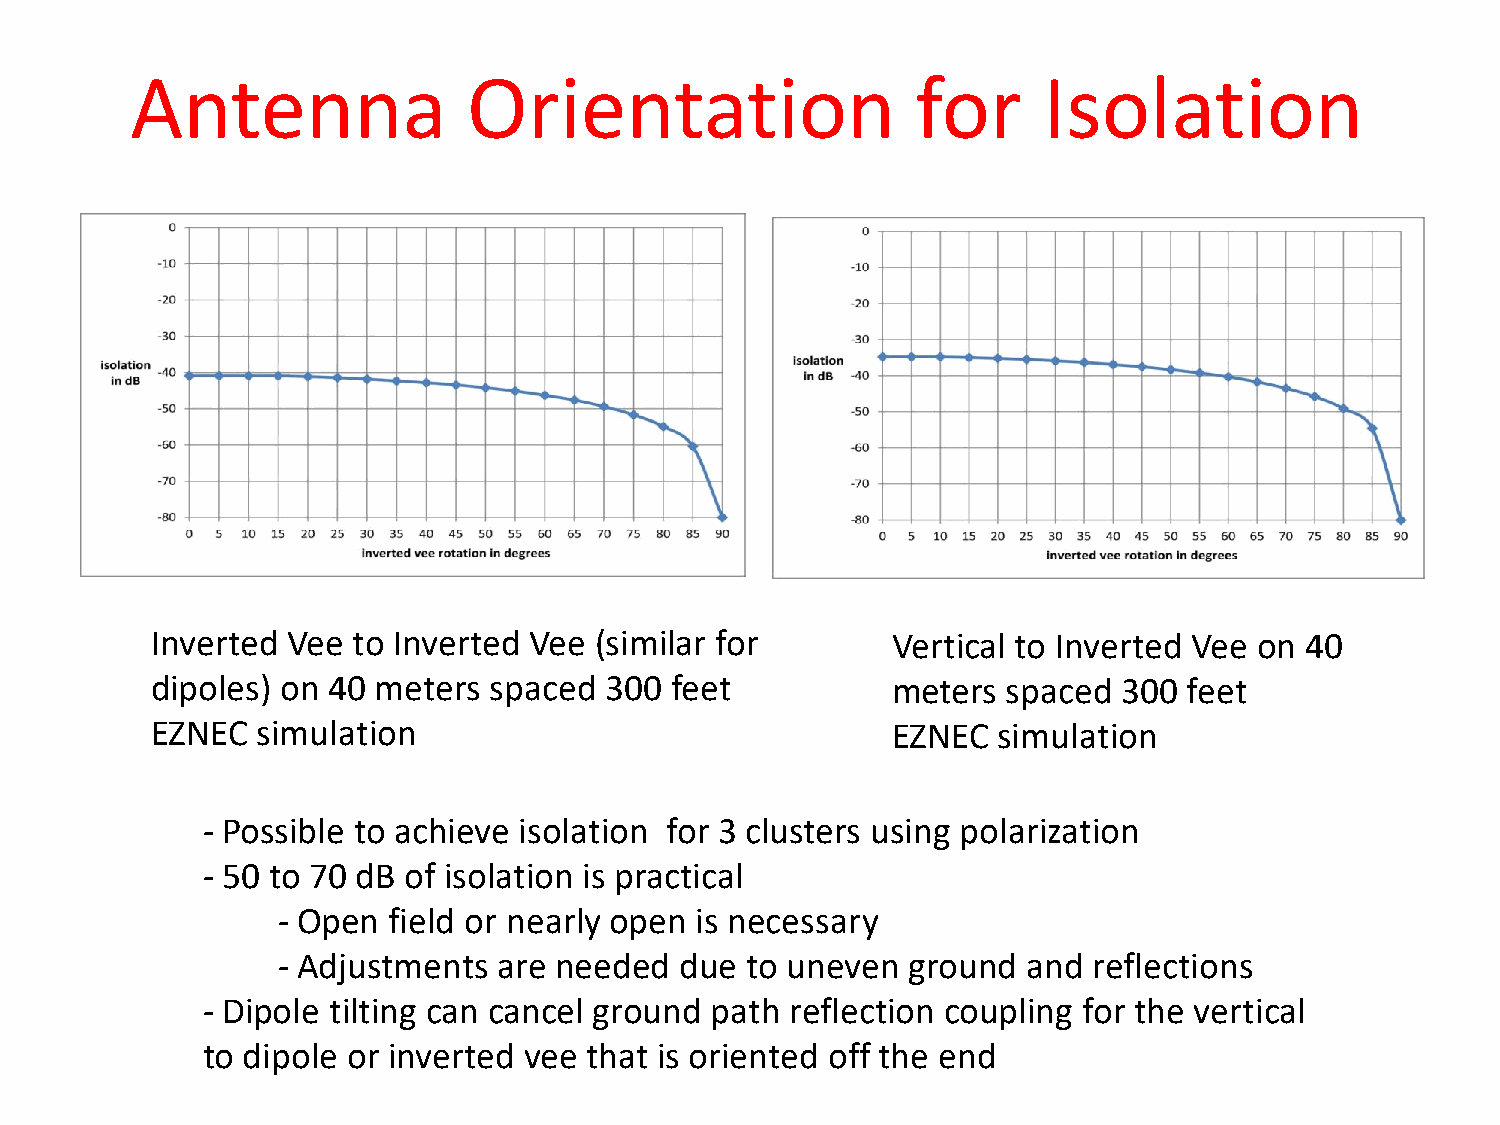
Antenna               Orientation                   for     Isolation
 Inverted Vee to Inverted Vee (similar for        Vertical to Inverted Vee on 40
 dipoles) on 40 meters spaced  300 feet           meters  spaced 300  feet
 EZNEC  simulation                                EZNEC  simulation
 - Possible to achieve isolation for 3 clusters using polarization
 - 50 to 70 dB of isolation is practical
 - Open  field or nearly open is necessary
 - Adjustments  are needed  due to uneven  ground  and reflections
 - Dipole tilting can cancel ground path reflection coupling for the vertical
 to dipole or inverted vee that is oriented off the end